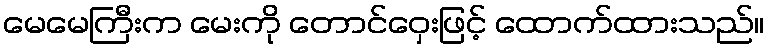
မေမေကြီးက မေးကို တောင်ဝှေးဖြင့် ထောက်ထားသည်။